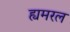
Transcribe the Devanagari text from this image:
ह्यमरल